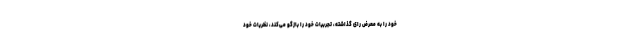
خود را به معرض رای گذاشته، تجربیات خود را بازگو می‌کند، نظریات خود